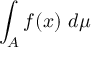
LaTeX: \int _ { A } f ( x ) \ d \mu